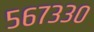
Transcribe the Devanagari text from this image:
५६७३३०